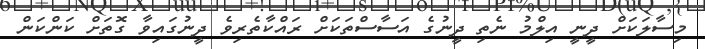
މިސާލަކަށް ދީނީ އިލްމު ނެތި ދީނުގެ އަސާސްތަކަށް ރައްކާތެރިވެ ދީނުގައިވާ ގޮތަށް ކަންކަން